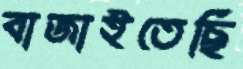
বাজাইতেছি